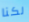
لكنا